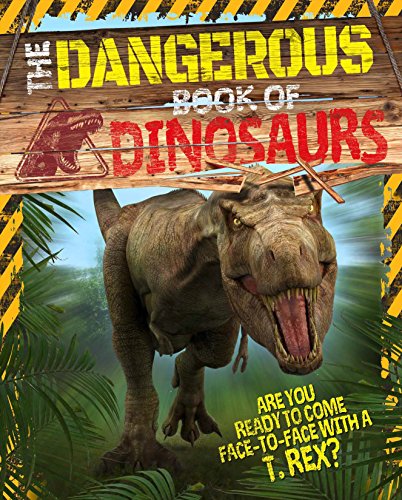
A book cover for The Dangerous Book of Dinosaurs; Arcturus Publishing; Science & Math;